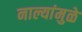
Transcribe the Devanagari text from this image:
नाल्यांमुळे